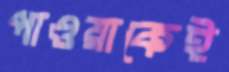
পাওয়াকেই